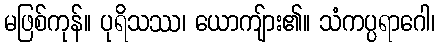
မဖြစ်ကုန်။ ပုရိသဿ၊ ယောကျ်ား၏။ သံကပ္ပရာဂေါ၊